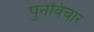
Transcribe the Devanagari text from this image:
पुनविचार